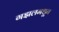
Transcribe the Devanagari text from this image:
गझलमधून